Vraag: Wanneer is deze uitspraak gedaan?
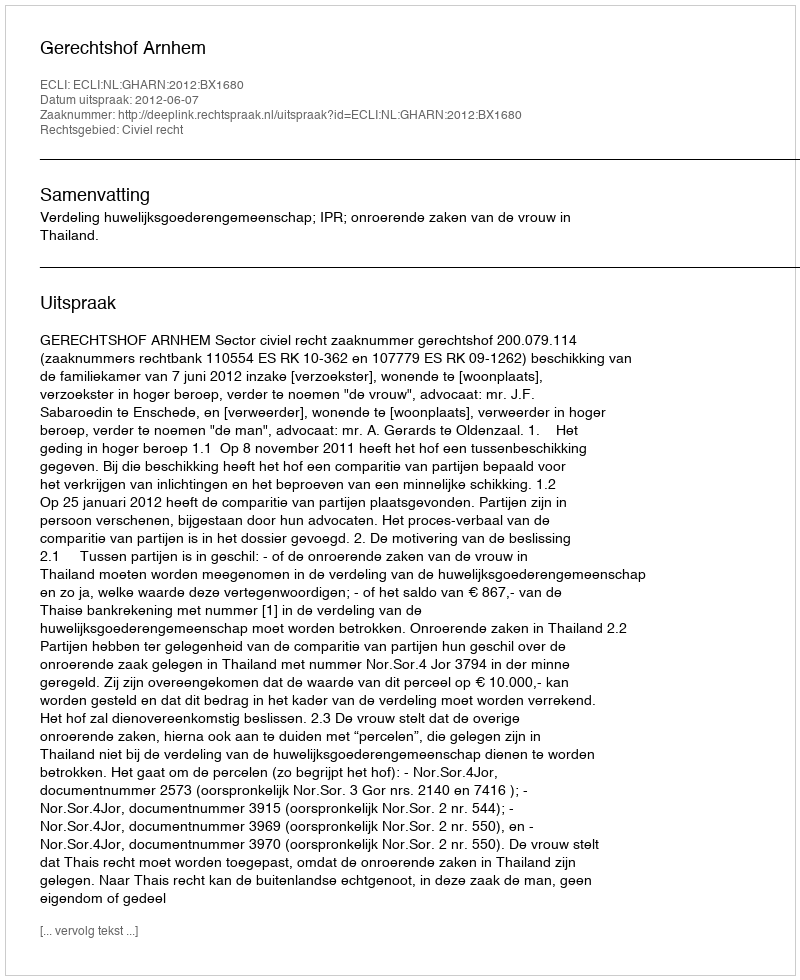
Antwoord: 2012-06-07